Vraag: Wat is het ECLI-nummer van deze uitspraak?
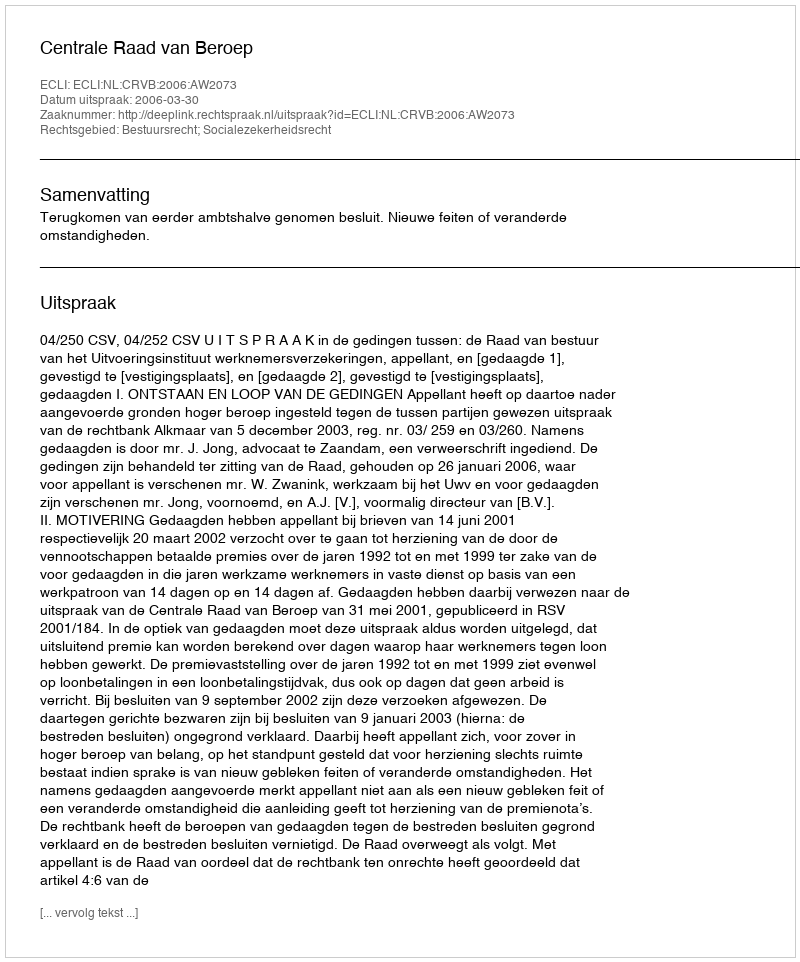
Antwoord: ECLI:NL:CRVB:2006:AW2073